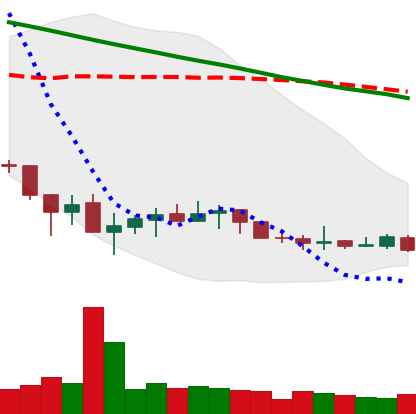
Ticker: XLM-USD
Chart end date: 2019-12-09
Forward return: -5.1%
Label: down_5_7